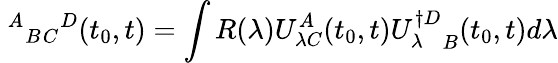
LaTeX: \ {^A}{_B}{_C}{^D}(t_{0},t)=\int R(\lambda)U_{\lambda C}^{A}(t_{0},t){U_{\lambda}^{\dagger D}}_{B}(t_{0},t)d\lambda